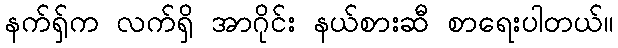
နက်ရှ်က လက်ရှိ အာဂိုင်း နယ်စားဆီ စာရေးပါတယ်။